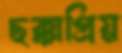
ছক্কাপ্রিয়